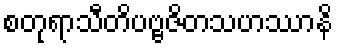
စတုရာသီတိပဗ္ဗဇိတသဟဿာနိ